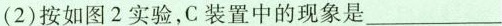
(2)按如图2实验，C装置中的现象是___